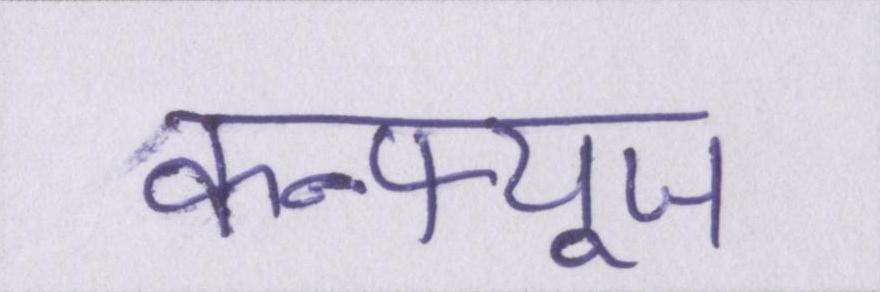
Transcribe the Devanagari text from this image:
कन्फ्यूज